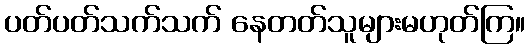
ပတ်ပတ်သက်သက် နေတတ်သူများမဟုတ်ကြ။